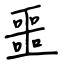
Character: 噩